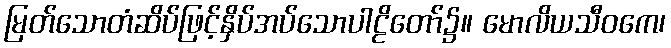
မြတ်သောတံဆိပ်ဖြင့်နှိပ်အပ်သောပါဠိတော်၌။ မောလိယသီဝကေ၊